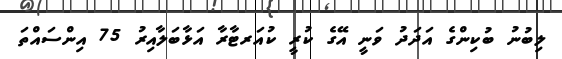
ލިބުނު ބުކިންގެ އަދަދު ވަނީ އޭގެ ކުރީ ކުއަރޓާރާ އަޅާބަލާއިރު 75 އިންސައްތަ